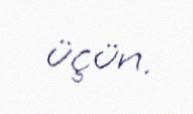
üçün.